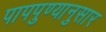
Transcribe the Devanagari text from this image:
पापपुण्यानुसार